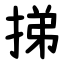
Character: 挮